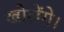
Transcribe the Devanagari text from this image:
खोलेंगे।